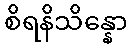
စိရနိသိန္နော